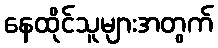
နေထိုင်သူများအတွက်